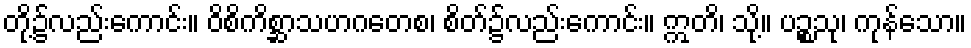
တို့၌လည်းကောင်း။ ဝိစိကိစ္ဆာသဟဂတေစ၊ စိတ်၌လည်းကောင်း။ ဣတိ၊ သို့။ ပဉ္စသု၊ ကုန်သော။